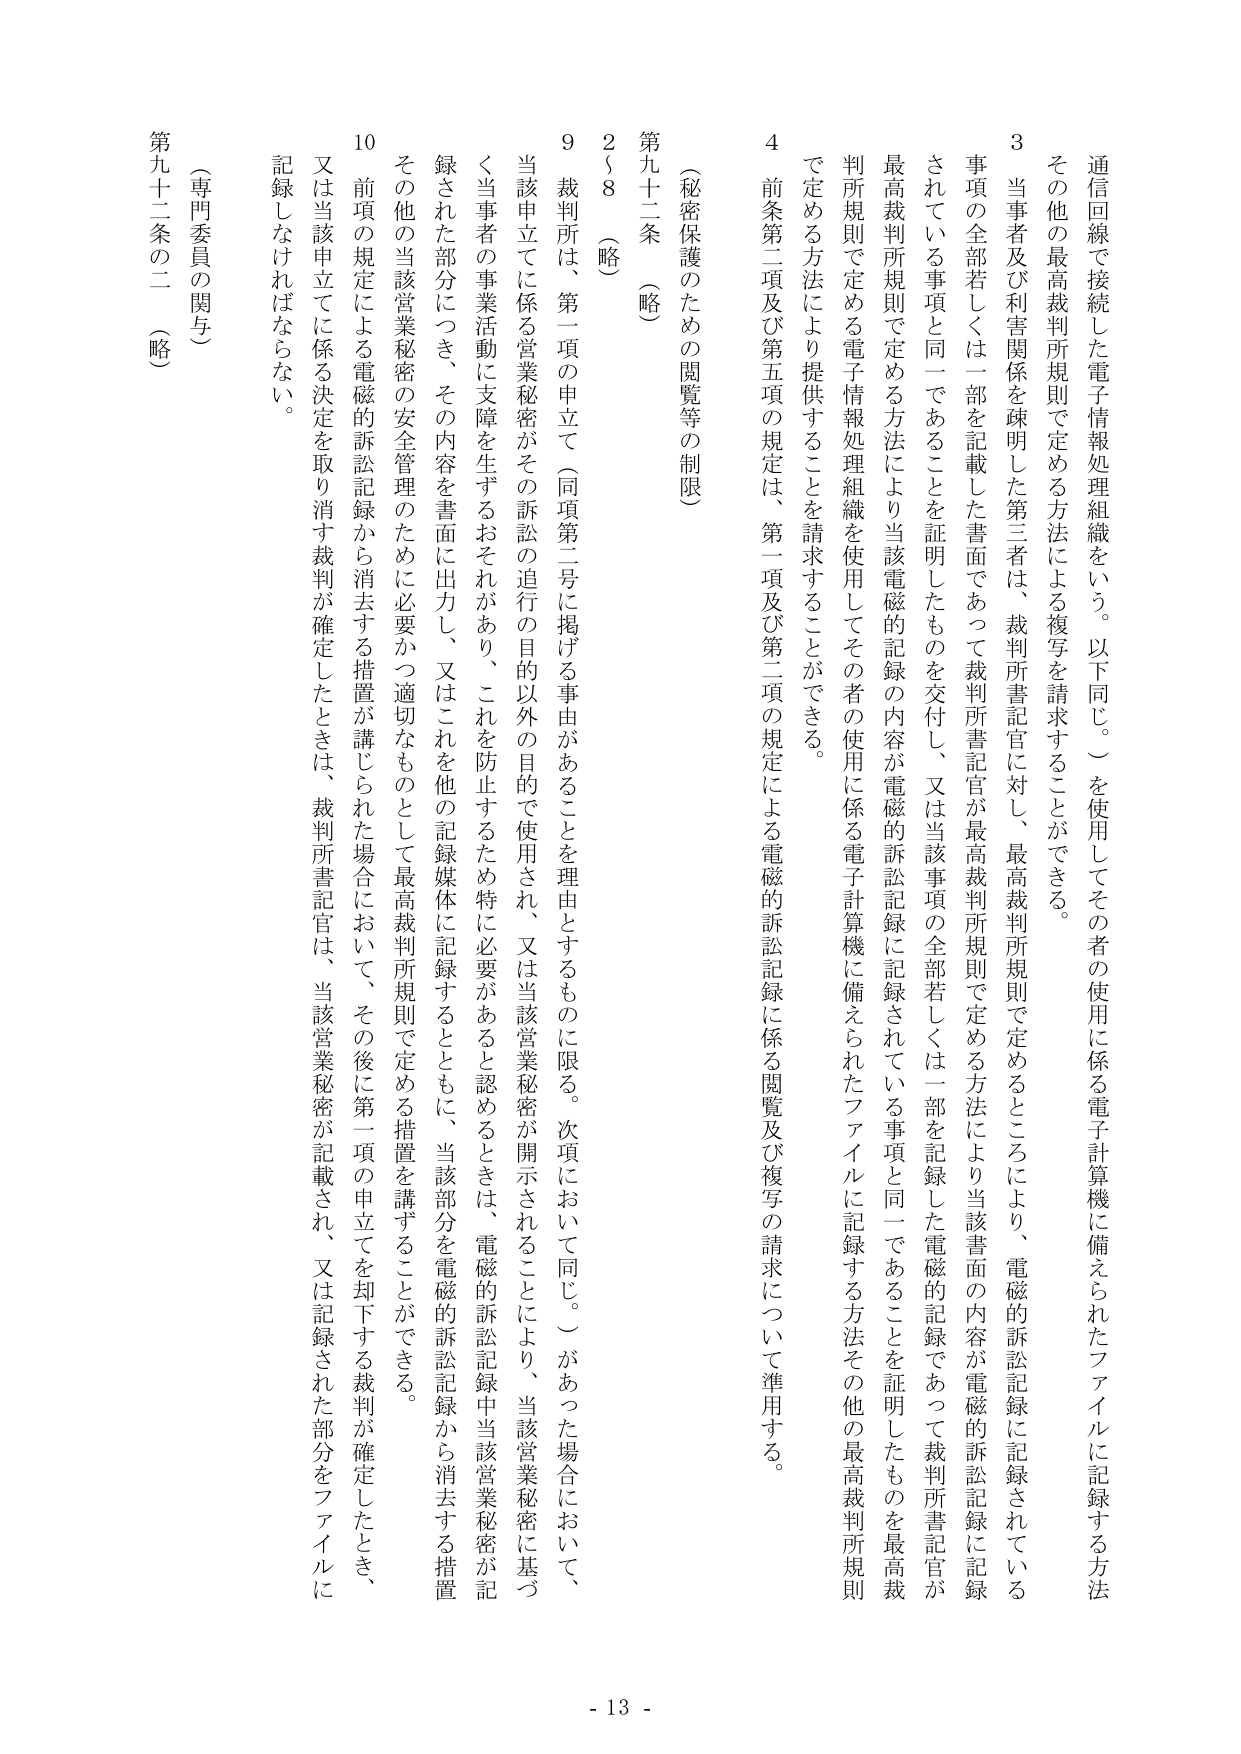
通信回線で接続した電子情報処理組織をいう。以下同じ。）を使用してその者の使用に係る電子計算機に備えられたファイルに記録する方法

その他の最高裁判所規則で定める方法による複写を請求することができる。

3 当事者及び利害関係を疎明した第三者は、裁判所書記官に対し、最高裁判所規則で定めるところにより、電磁的訴訟記録に記録されている事項の全部若しくは一部を記載した書面であって裁判所書記官が最高裁判所規則で定める方法により当該書面の内容が電磁的訴訟記録に記録されている事項と同一であることを証明したものを交付し、又は当該事項の全部若しくは一部を記録した電磁的記録であって裁判所書記官が最高裁判所規則で定める方法により当該電磁的記録の内容が電磁的訴訟記録に記録されている事項と同一であることを証明したものを最高裁判所規則で定める電子情報処理組織を使用してその者の使用に係る電子計算機に備えられたファイルに記録する方法その他の最高裁判所規則で定める方法により提供することを請求することができる。

4 前条第二項及び第五項の規定は、第一項及び第二項の規定による電磁的訴訟記録に係る閲覧及び複写の請求について準用する。

（秘密保護のための閲覧等の制限）

第九十二条 （略）

2～8 （略）

9 裁判所は、第一項の申立て（同項第二号に掲げる事由があることを理由とするものに限る。次項において同じ。）があった場合において、当該申立てに係る営業秘密がその訴訟の追行の目的以外の目的で使用され、又は当該営業秘密が開示されることにより、当該営業秘密に基づく当事者の事業活動に支障を生ずるおそれがあり、これを防止するため特に必要があると認めるときは、電磁的訴訟記録中当該営業秘密が記録された部分につき、その内容を書面に出力し、又はこれを他の記録媒体に記録するとともに、当該部分を電磁的訴訟記録から消去する措置その他の当該営業秘密の安全管理のために必要かつ適切なものとして最高裁判所規則で定める措置を講ずることができる。

10 前項の規定による電磁的訴訟記録から消去する措置が講じられた場合において、その後に第一項の申立てを却下する裁判が確定したときは、裁判所書記官は、当該営業秘密が記載され、又は記録された部分をファイルに記録しなければならない。

（専門委員の関与）

第九十二条の二 （略）

- 13 -